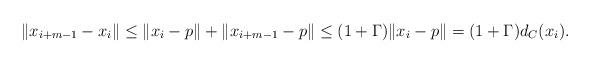
LaTeX: \begin{align*}\|x_{i+m-1} -x_i\| \leq \|x_i -p\| +\|x_{i+m-1} -p\| \leq (1 +\Gamma)\|x_i -p\| =(1 +\Gamma)d_C(x_i).\end{align*}